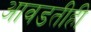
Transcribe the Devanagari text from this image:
आवडतीही